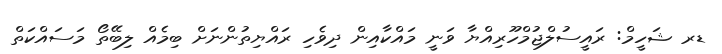
ޑރ ޝަހީމް: ރައީސުލްޖުމްހޫރިއްޔާ ވަނީ މައްކާއިން ދިވެހި ރައްޔިތުންނަށް ބިމެއް ލިބޭތޯ މަސައްކަތް